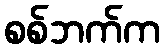
စစ်ဘက်က